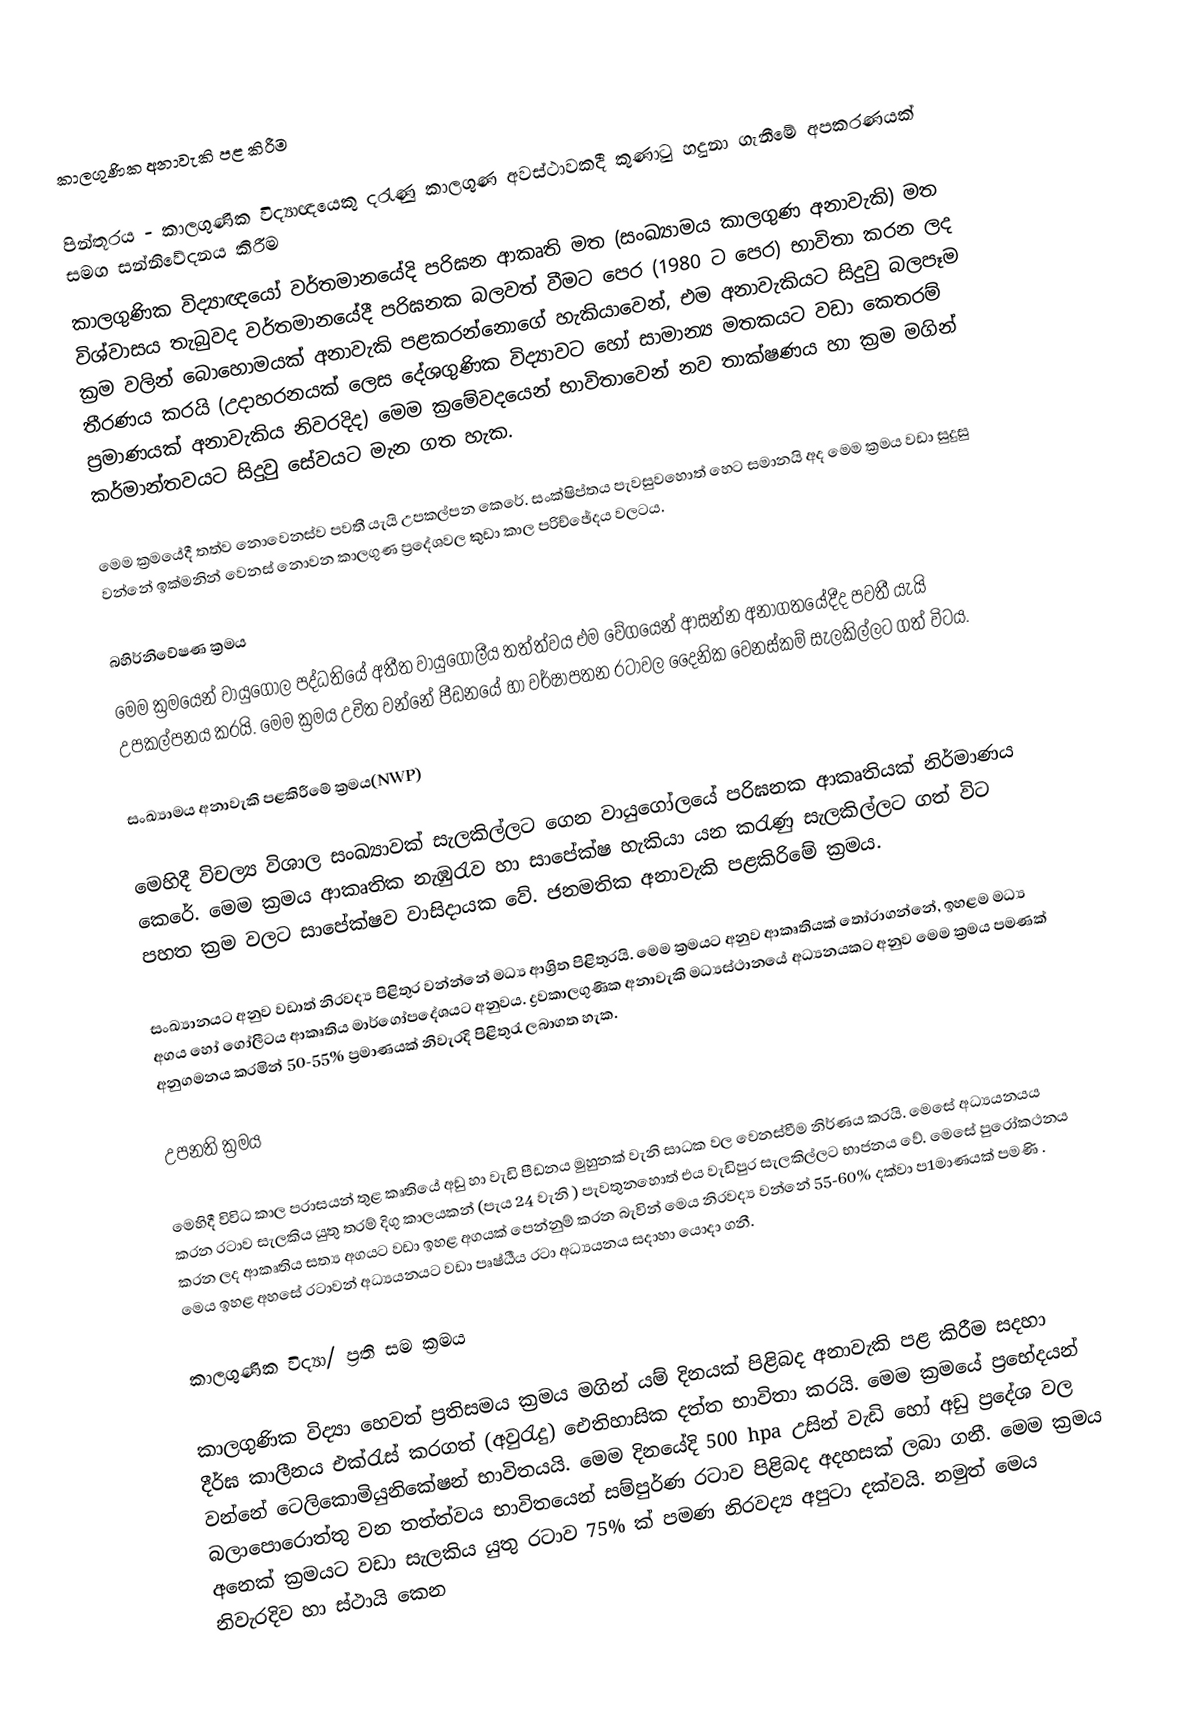
කාලගුණික අනාවැකි පළ කිරීම

පින්තූරය - කාලගුණික විද්‍යාඥයෙකු දරැණු කාලගුණ අවස්ථාවකදී කුණාටු හදුනා ගැනීමේ අපකරණයක් සමග සන්නිවේදනය කිරීම
කාලගුණික විද්‍යාඥයෝ වර්තමානයේදි පරිඝන ආකෘති මත (සංඛ්‍යාමය කාලගුණ අනාවැකි) මත විශ්වාසය තැබුවද වර්තමානයේදී පරිඝනක බලවත් වීමට පෙර (1980 ට පෙර) භාවිතා කරන ලද ක්‍රම  වලින් බොහොමයක් අනාවැකි පළකරන්නොගේ හැකියාවෙන්, එම අනාවැකියට සිදුවු බලපෑම තීරණය කරයි (උදාහරනයක් ලෙස දේශගුණික විද්‍යාවට හෝ සාමාන්‍ය මතකයට වඩා කෙතරම් ප්‍රමාණයක් අනාවැකිය නිවරදිද) මෙම ක්‍රමේවදයෙන් භාවිතාවෙන් නව තාක්ෂණය හා ක්‍රම මගින් කර්මාන්තවයට සිදුවු සේවයට මැන ගත හැක.

මෙම  ක්‍රමයේදී තත්ව නොවෙනස්ව පවතී යැයි උපකල්පන කෙරේ. සංක්ෂිප්තය පැවසුවහොත් හෙට සමානයි අද මෙම ක්‍රමය වඩා සුදුසු වන්නේ ඉක්මනින් වෙනස් නොවන කාලගුණ ප්‍රදේශවල කුඩා කාල පරිච්ඡේදය වලටය.

බහිර්නිවේෂණ ක්‍රමය
මෙම ක්‍රමයෙන් වායුගෝල පද්ධතියේ අතීත වායුගෝලීය තත්ත්වය එම වේගයෙන් ආසන්න අනාගතයේදීද පවතී යැයි උපකල්පනය කරයි. මෙම ක්‍රමය උචිත වන්නේ පීඩනයේ හා වර්ෂාපතන රටාවල දෛනික වෙනස්කම් සැලකිල්ලට ගත් විටය.

සංඛ්‍යාමය අනාවැකි පළකිරීමේ ක්‍රමය(NWP)

මෙහිදී විචල්‍ය විශාල සංඛ්‍යාවක් සැලකිල්ලට ගෙන වායුගෝලයේ පරිඝනක ආකෘතියක් නිර්මාණය කෙරේ. මෙම ක්‍රමය ආකෘතික නැඹුරැව හා සාපේක්ෂ හැකියා යන කරැණු  සැලකිල්ලට ගත් විට පහත ක්‍රම වලට සාපේක්ෂව වාසිදායක වේ. ජනමතික අනාවැකි පළකිරිමේ ක්‍රමය.

සංඛ්‍යානයට අනුව වඩාත් නිරවද්‍ය පිළිතුර වන්න්නේ මධ්‍ය ආශ්‍රිත පිළිතුරයි. මෙම ක්‍රමයට අනුව ආකෘතියක් තෝරාගන්නේ, ඉහළම මධ්‍ය අගය හෝ ගෝලීටය ආකෘතිය මාර්ගෝපදේශයට අනුවය. ද්‍රවකාලගුණික අනාවැකි මධ්‍යස්ථානයේ අධ්‍යනයකට අනුව මෙම ක්‍රමය පමණක් අනුගමනය කරමින් 50-55% ප්‍රමාණයක් නිවැරදි පිළිතුරැ ලබාගත හැක.

උපනති ක්‍රමය

මෙහිදී විවිධ කාල පරාසයන් තුළ කෘතියේ අඩු හා වැඩි පීඩනය මුහුනක් වැනි සාධක වල වෙනස්වීම නිර්ණය කරයි. මෙසේ අධ්‍යයනයය කරන රටාව සැලකිය යුතු තරම් දිගු කාලයකන් (පැය 24 වැනි ) පැවතුනහොත් එය වැඩිපුර සැලකිල්ලට භාජනය වේ. මෙසේ පුරෝකථනය කරන ලද ආකෘතිය සත්‍ය අගයට වඩා ඉහළ අගයක් පෙන්නුම් කරන බැවින් මෙය නිරවද්‍ය වන්නේ 55-60% දක්වා ප1මාණයක් පමණි . මෙය ඉහළ අහසේ රටාවන් අධ්‍යයනයට වඩා පෘෂ්ඨීය රටා අධ්‍යයනය සදාහා යොදා ගනී.

කාලගුණික විද්‍යා/ ප්‍රති සම ක්‍රමය

කාලගුණික විද්‍යා හෙවත් ප්‍රතිසමය ක්‍රමය මගින් යම් දිනයක් පිළිබද අනාවැකි පළ කිරීම සදහා දීර්ඝ කාලීනය එක්රැස් කරගත් (අවුරැදු) ඓතිහාසික දත්ත භාවිතා කරයි. මෙම ක්‍රමයේ ප්‍රභේදයන් වන්නේ ටෙලිකොමියුනිකේෂන් භාවිතයයි. මෙම දිනයේදි 500 hpa උසින් වැඩි හෝ අඩු ප්‍රදේශ වල බලාපොරොත්තු වන තත්ත්වය භාවිතයෙන් සම්පුර්ණ රටාව පිළිබද අදහසක් ලබා ගනී. මෙම ක්‍රමය අනෙක් ක්‍රමයට වඩා සැලකිය යුතු රටාව 75% ක් පමණ නිරවද්‍ය අපුටා දක්වයි. නමුත් මෙය නිවැරදිව හා ස්ථායි කෙන